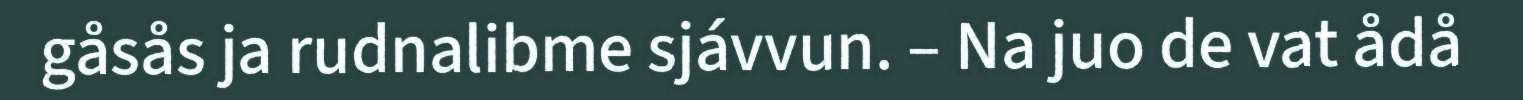
gåsås ja rudnalibme sjávvun. – Na juo de vat ådå